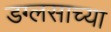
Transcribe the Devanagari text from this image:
डग्लसाच्या